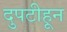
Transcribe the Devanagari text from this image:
दुपटीहून